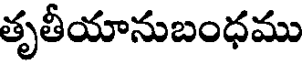
తృతీయానుబంధము